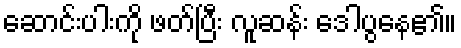
ဆောင်းပါးကို ဖတ်ပြီး လူဆန်း ဒေါပွနေ၏။